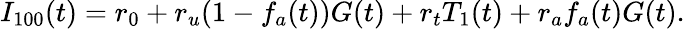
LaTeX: I_{100}(t)=r_{0}+r_{u}(1-f_{a}(t))G(t)+r_{t}T_{1}(t)+r_{a}f_{a}(t)G(t).